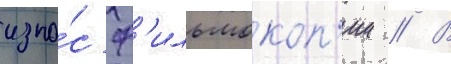
изно́с ф'ильмокоп'ии // В